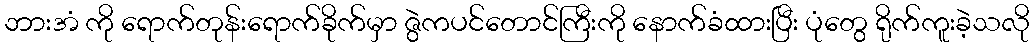
ဘားအံ ကို ရောက်တုန်းရောက်ခိုက်မှာ ဇွဲကပင်တောင်ကြီးကို နောက်ခံထားပြီး ပုံတွေ ရိုက်ကူးခဲ့သလို